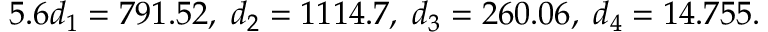
5 . 6 d _ { 1 } = 7 9 1 . 5 2 , \; d _ { 2 } = 1 1 1 4 . 7 , \; d _ { 3 } = 2 6 0 . 0 6 , \; d _ { 4 } = 1 4 . 7 5 5 .